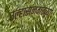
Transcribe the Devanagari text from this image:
उल्हासनगरच्या